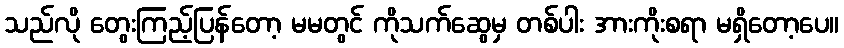
သည်လို တွေးကြည့်ပြန်တော့ မမတွင် ကိုသက်ဆွေမှ တစ်ပါး အားကိုးစရာ မရှိတော့ပေ။